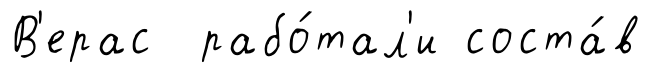
В'ерас рабо́тал'и соста́в